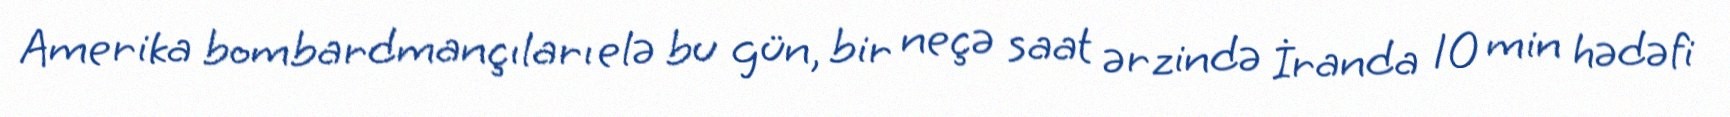
Amerika bombardmançıları elə bu gün, bir neçə saat ərzində İranda 10 min hədəfi